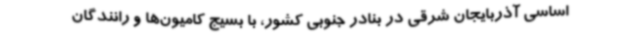
اساسی آذربایجان شرقی در بنادر جنوبی کشور، با بسیج کامیون‌ها و رانندگان